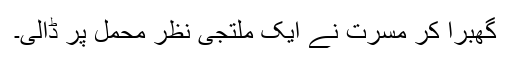
گھبرا کر مسرت نے ایک ملتجی نظر محمل پر ڈالی۔